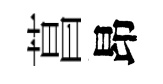
菖昂